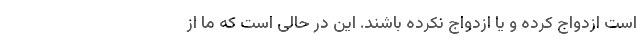
است ازدواج کرده و یا ازدواج نکرده باشند. این در حالی است که ما از